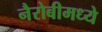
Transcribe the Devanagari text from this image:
नैरोबीमध्ये